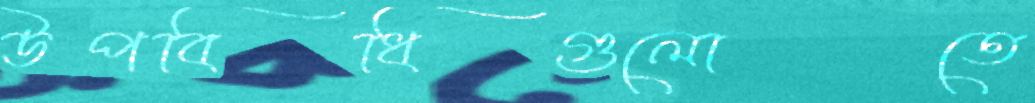
উপবিধিগুলোতে